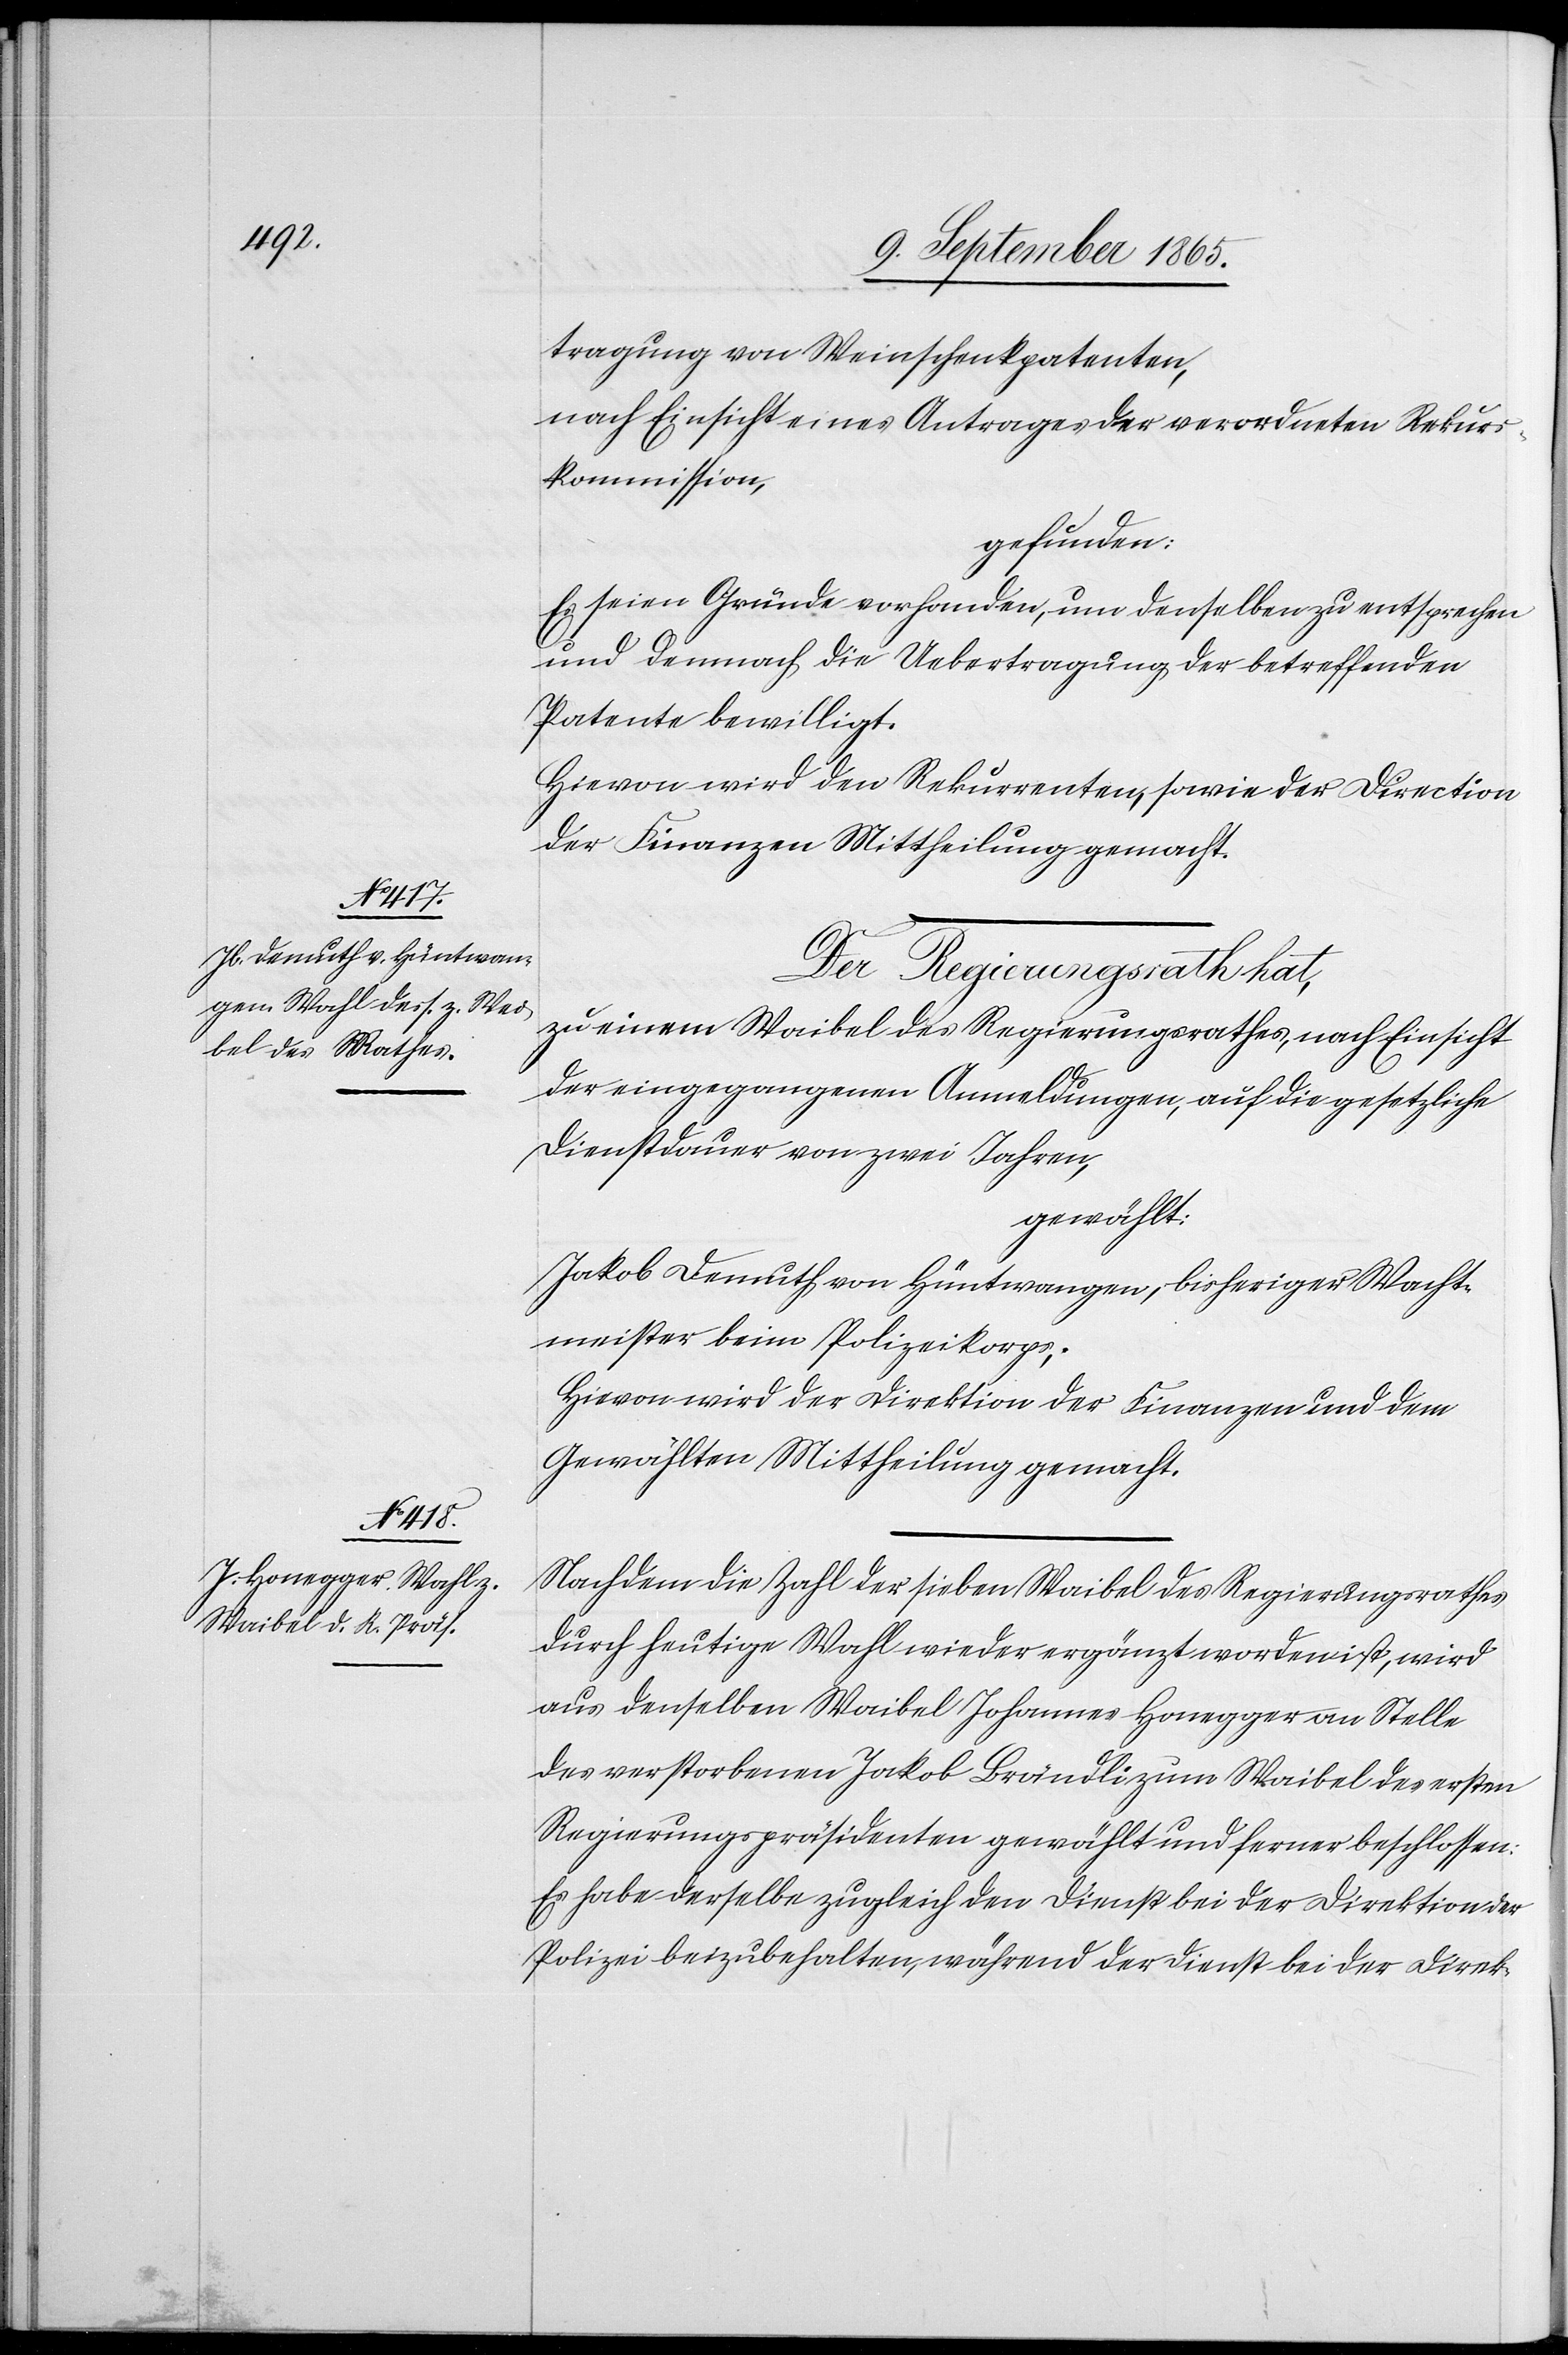
tragung von Weinschenkpatenten,
nach Einsicht eines Antrages der verordneten Rekurs¬
kommission,
gefunden:
Es seien Gründe vorhanden, um denselben zu entsprechen
und demnach die Uebertragung der betreffenden
Patente bewilligt.
Hievon wird den Rekurrenten, sowie der Direction
der Finanzen Mittheilung gemacht.
Der Regierungsrath hat,
zu einem Waibel des Regierungsrathes, nach Einsicht
der eingegangenen Anmeldungen, auf die gesetzliche
Dienstdauer von zwei Jahren,
gewählt:
Jakob Demuth von Hüntwangen, bisheriger Wacht¬
meister beim Polizeikorps;
Hievon wird der Direktion der Finanzen und dem
Gewählten Mittheilung gemacht.
Nachdem die Zahl der sieben Waibel des Regierungsrathes
durch heutige Wahl wieder ergänzt worden ist, wird
aus denselben Waibel Johannes Honegger an Stelle
des verstorbenen Jakob Brändli zum Waibel des ersten
Regierungspräsidenten gewählt und ferner beschlossen:
Es habe derselbe zugleich den Dienst bei der Direktion der
Polizei beizubehalten, während der Dienst bei der Direk-